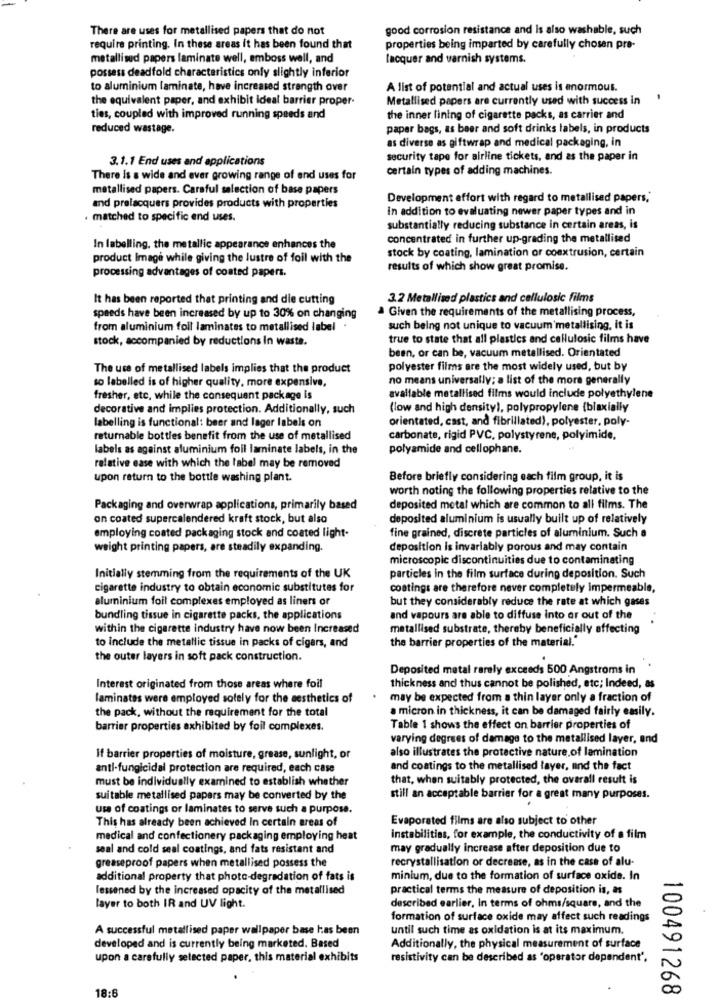
There are uses for metallised papers that do not
good corrosion resistance and Is also washable, such
require printing. In these areas it has been found that
properties being imparted by carefully chosen pre-
metallised papers laminate well, emboss well, and
lacquer and varnish systems.
possess deadfold characteristics only slightly inferior
to aluminium laminate, have increased strength over
A list of potential and actual uses is enormous.
the equivalent paper, and exhibit ideal barrier proper-
Metallised papers are currently used with success in
ties, coupled with improved running speeds and
the inner lining of cigarette packs, as carrier and
reduced wastage.
paper bags, as beer and soft drinks labels, in products
as diverse as giftwrap and medical packaging, in
3.1.1 End uses and applications
security tape for airline tickets, and as the paper in
certain types of adding machines.
There is a wide and ever growing range of end uses for
metallised papers. Careful selection of base papers
Development effort with regard to metallised papers,"
and prelacquers provides products with properties
In addition to evaluating newer paper types and in
· matched to specific end uses.
substantially reducing substance in certain areas, is
concentrated in further up-grading the metallised
In labelling, the metallic appearance enhances the
stock by coating, lamination or coextrusion, certain
product Image while giving the lustre of foil with the
processing advantages of coated papers.
results of which show great promise.
It has been reported that printing and die cutting
3.2 Metallised plastics and cellulosic films
a Given the requirements of the metallising process,
speeds have been increased by up to 30% on changing
from aluminium foil laminates to metallised label
such being not unique to vacuum metallising, it is
stock, accompanied by reductions In waste.
true to state that all plastics and cellulosic films have
been, or can be, vacuum metallised. Orientated
The use of metallised labels implies that the product
polyester films are the most widely used, but by
so labelled is of higher quality, more expensive,
no means universally; a list of the more generally
fresher, etc, while the consequent package is
available metallised films would include polyethylene
decorative and implies protection. Additionally, such
(low and high density), polypropylene {biaxially
orientated, cast, and fibrillated), polyester, poly-
labelling is functional: beer and lager labels on
returnable bottles benefit from the use of metallised
carbonate, rigid PVC, polystyrene, polyimide,
labels as against aluminium foil laminate labels, in the
polyamide and cellophane.
relative ease with which the label may be removed
upon return to the bottle washing plant.
Before briefly considering each film group, it is
worth noting the following properties relative to the
Packaging and overwrap applications, primarily based
deposited metal which are common to all films. The
on coated supercalendered kraft stock, but also
deposited aluminium is usually built up of relatively
employing coated packaging stock and coated light-
fine grained, discrete particles of aluminium. Such a
weight printing papers, are steadily expanding.
deposition is invariably porous and may contain
microscopic discontinuities due to contaminating
Initially stemming from the requirements of the UK
particles in the film surface during deposition. Such
cigarette industry to obtain economic substitutes for
coatings are therefore never completely impermeable,
aluminium foil complexes employed as liners or
but they considerably reduce the rate at which gases
bundling tissue in cigarette packs, the applications
and vapours are able to diffuse into er out of the
within the cigarette industry have now been Increased
metallised substrate, thereby beneficially affecting
to Include the metallic tissue in packs of cigars, and
the barrier properties of the material."
the outer layers in soft pack construction.
Deposited metal rarely exceeds 500 Angstroms in
Interest originated from those areas where foil
thickness and thus cannot be polished, etc; Indeed, as
laminates were employed solely for the aesthetics of
may be expected from a thin layer only a fraction of
the pack, without the requirement for the total
a micron in thickness, it can be damaged fairly easily.
barrier properties exhibited by foil complexes.
Table 1 shows the effect on barrier properties of
varying degrees of damage to the metallised layer, end
also illustrates the protective nature of lamination
If barrier properties of moisture, grease, sunlight, or
anti-fungicidal protection are required, each case
and coatings to the metallised layer, and the fact
must be individually examined to establish whether
that, when suitably protected, the overall result is
suitable metallised papers may be converted by the
still an acceptable barrier for a great many purposes.
use of coatings or laminates to serve such a purpose.
This has already been achieved In certain areas of
Evaporated films are also subject to other
medical and confectionery packaging employing heat
instabilities, for example, the conductivity of a film
seal and cold seal coatings, and fats resistant and
may gradually increase after deposition due to
greaseproof papers when metallised possess the
recrystallisation or decrease, as in the case of alu-
additional property that photo-degradation of fats is
minium, due to the formation of surface oxide. In
lessened by the increased opacity of the metallised
practical terms the measure of deposition is, as
layer to both IR and UV light.
described earlier, In terms of ohms/square, and the
formation of surface oxide may affect such readings
A successful metallised paper wallpaper base has been
until such time as oxidation is at its maximum.
developed and is currently being marketed. Based
Additionally, the physical measurement of surface
upon a carefully selected paper, this material exhibits
resistivity can be described as 'operator dependent",
18:6
100491268